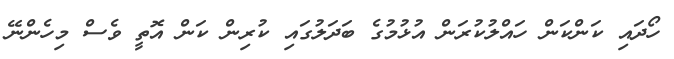
ހޯދައި ކަންކަން ހައްލުކުރަން އުޅުމުގެ ބަދަލުގައި ކުރިން ކަން އޮތީ ވެސް މިހެންނޭ